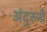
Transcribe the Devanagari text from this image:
अंदुरुनी